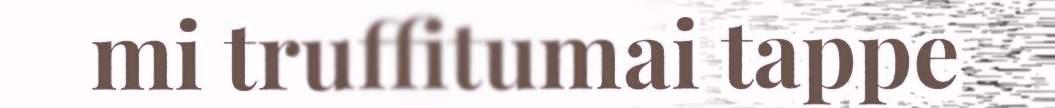
mi truffitumai tappe